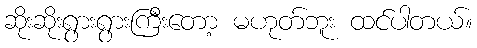
ဆိုးဆိုးရွားရွားကြီးတော့ မဟုတ်ဘူး ထင်ပါတယ်။